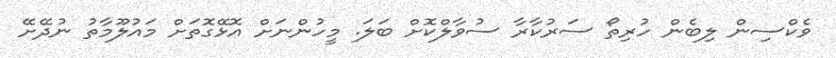
ވެކްސިން ލިބެން ހުރިތޯ ސަރުކާރާ ސުވާލްކޮށް ބަލަ. މީހުންނަށް އޮޅޭގޮތަށް މައުލޫމާތު ނުދޭށޭ